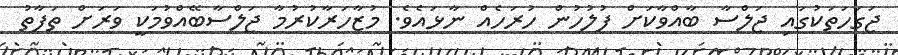
ޖަގަހަތަކުގައި ޖަލްސާ ބާއްވާކަށް ފުލުހުން ހުރަހެއް ނާޅައެވެ. މުޒާހަރާކުރުމާ ޖަލްސާބޭއްވުމަކީ ވަރަށް ތަފާތު